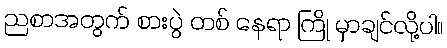
ညစာအတွက် စားပွဲ တစ် နေရာ ကြို မှာချင်လို့ပါ။